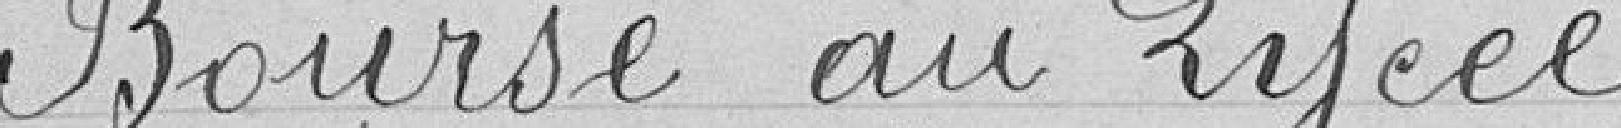
Bourse au Lycée